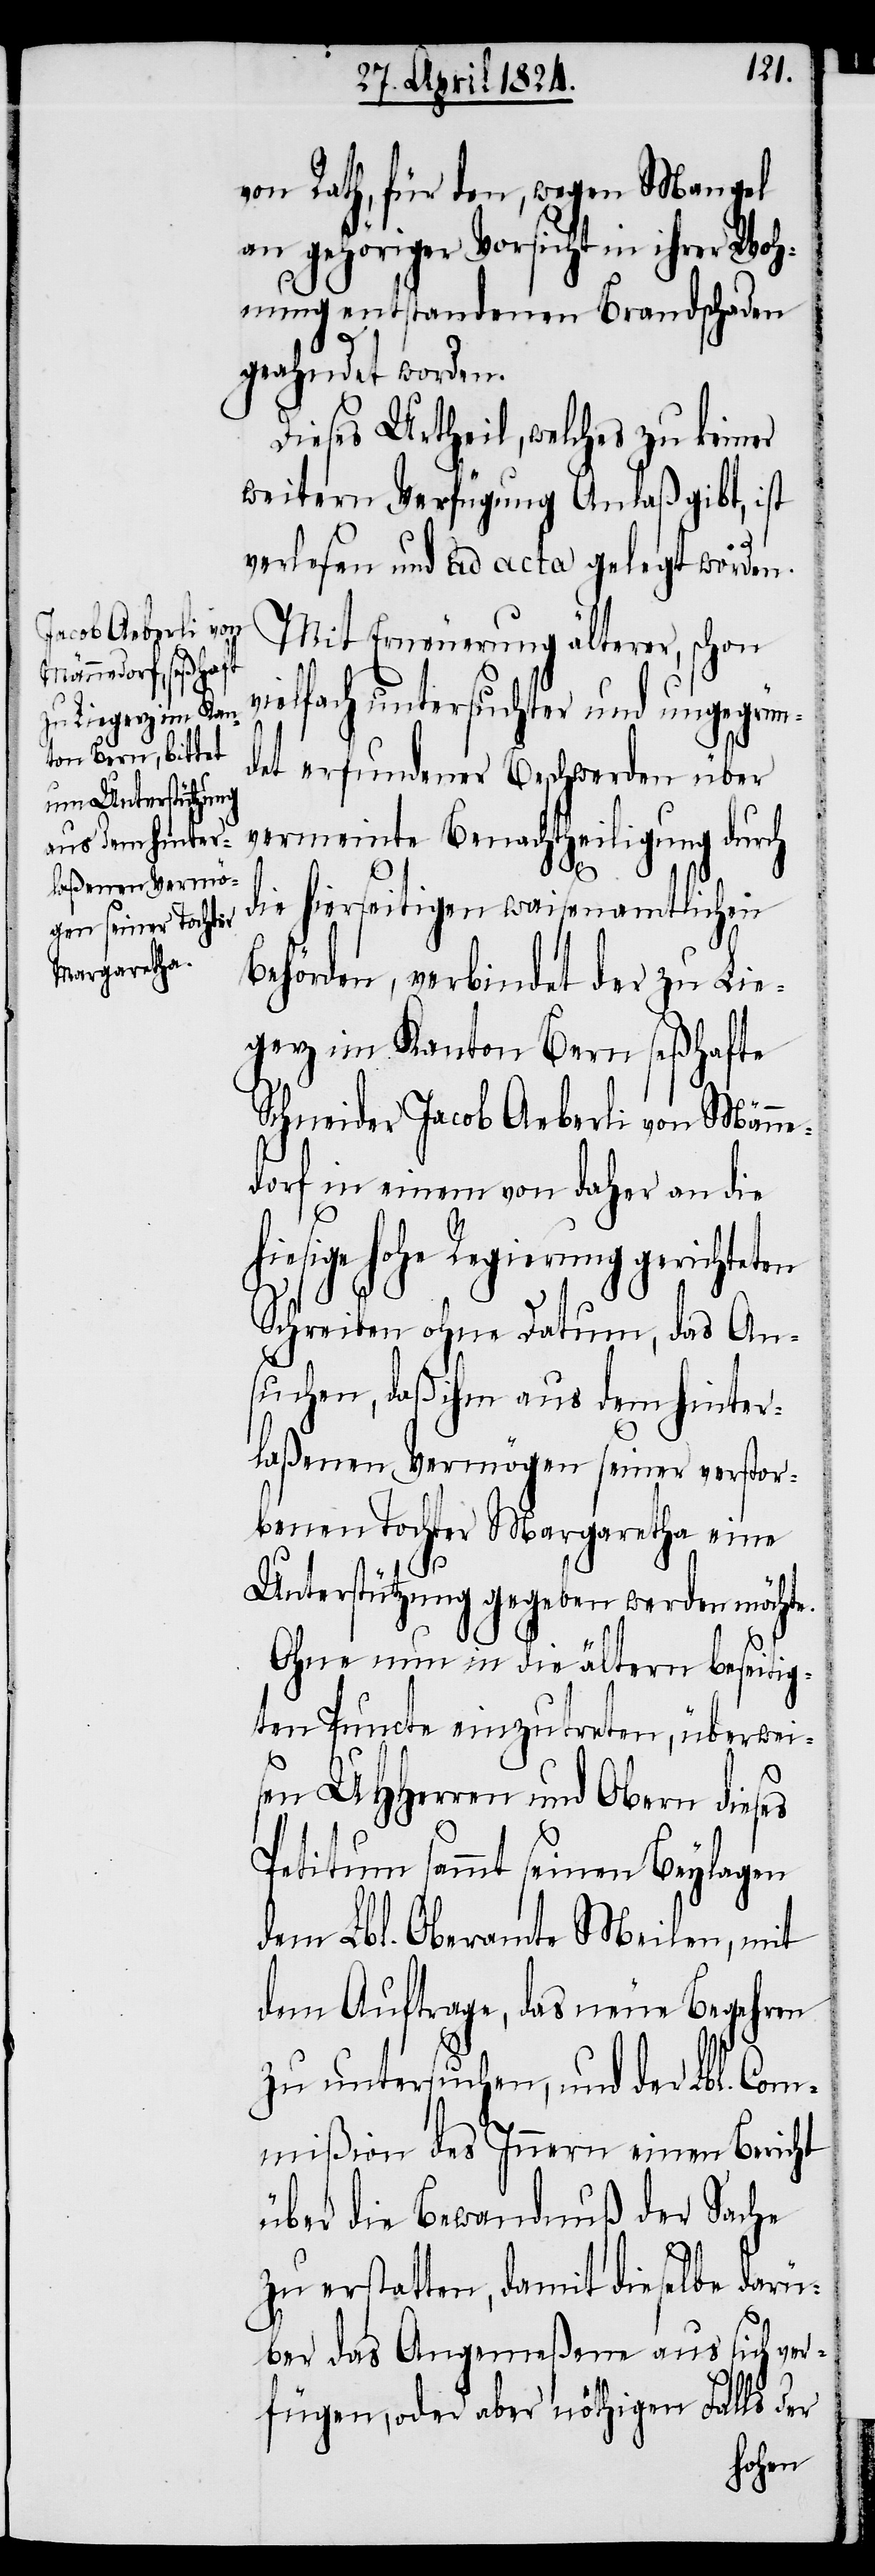
von Rath, für dem, wegen Mangel
an gehöriger Vorsicht in ihrer Woh¬
nung entstandenen Brandschaden
geahndet worden.
Dieses Urtheil, welches zu keiner
weitern Verfügung Anlaß gibt, ist
verlesen und ad acta gelegt worden.
Mit Erneuerung älterer, schon
vielfach untersuchter und ungegrün¬
det erfundener Beschwerden über
vermeinte Benachtheiligung durch
die hierseitigen waisenamtlichen
Behörden, verbindet der zu Lie¬
gerz im Kanton Bern seßhafte
Schneider Jacob Aeberli von Männe¬
dorf in einem von daher an die
hiesige hohe Regierung gerichteten
Schreiben ohne Datum, das An¬
suchen, daß ihm aus dem hinter¬
laßenen Vermögen seiner verstor¬
benen Tochter Margaretha eine
Unterstützung gegeben werden möchte.
Ohne nun in die ältern beseitig¬
ten Puncte einzutreten, überwei¬
sen UHHerren und Obern dieses
Petitum sammt seinen Beylagen
dem Lbl. Oberamte Meilen, mit
dem Auftrage, das neue Begehren
zu untersuchen, und der Lbl. Com¬
mißion des Innern einen Bericht
über die Bewandnuß der Sache
zu erstatten, damit dieselbe darü¬
ber das Angemeßene aus sich ver¬
fügen, oder aber nöthigen Falls der